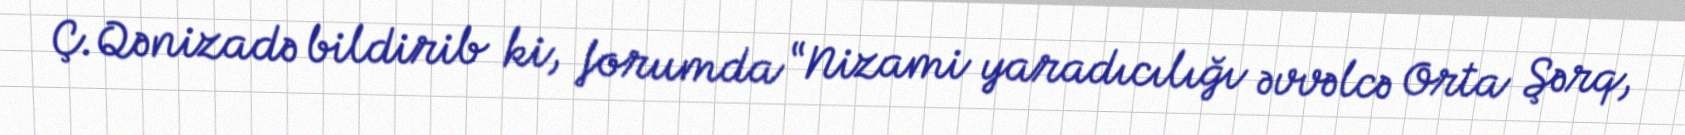
Ç.Qənizadə bildirib ki, forumda “Nizami yaradıcılığı əvvəlcə Orta Şərq,